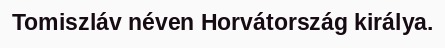
Tomiszláv néven Horvátország királya.